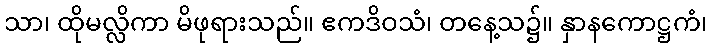
သာ၊ ထိုမလ္လိကာ မိဖုရားသည်။ ဧကဒိဝသံ၊ တနေ့သ၌။ နှာနကောဋ္ဌကံ၊